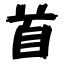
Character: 首